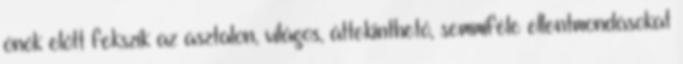
önök előtt fekszik az asztalon, világos, áttekinthető, semmiféle ellentmondásokat